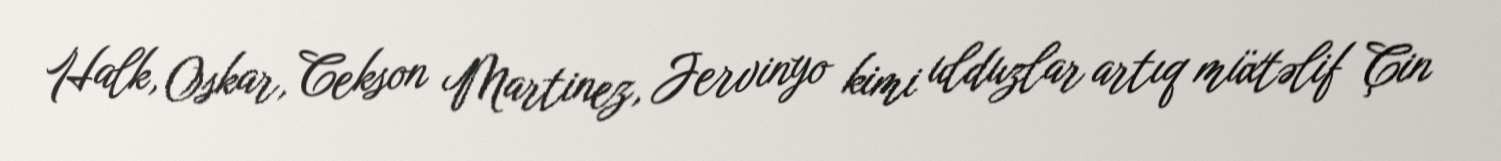
Halk, Oskar, Cekson Martinez, Jervinyo kimi ulduzlar artıq müxtəlif Çin